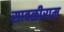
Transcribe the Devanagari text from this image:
सावळीराम